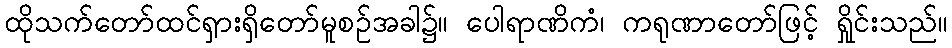
ထိုသက်တော်ထင်ရှားရှိတော်မူစဉ်အခါ၌။ ပေါရာဏိကံ၊ ကရုဏာတော်ဖြင့် ရှိုင်းသည်။